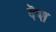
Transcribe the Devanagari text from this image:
दॆश